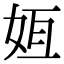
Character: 𫰟